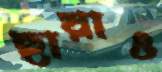
ছায়াও